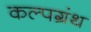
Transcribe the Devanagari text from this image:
कल्पग्रंथ